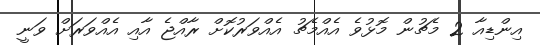
އިންޑިއާ 2 މެޗުން މޮޅުވެ އެއްމެޗު އެއްވަރުކޮށް ރާއްޖެ އާއި އެއްވަރަށް ވަނީ